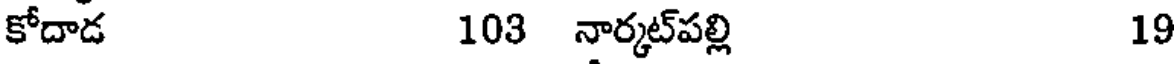
కోదాడ 103 నార్కట్పల్లి 19